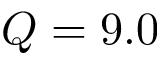
Q = 9 . 0